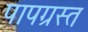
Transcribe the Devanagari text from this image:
पापग्रस्त